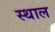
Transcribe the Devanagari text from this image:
स्‍थाल